Civil Veterinary Dept. Assam report 1927-50 - 1927-1950
Year: 1927
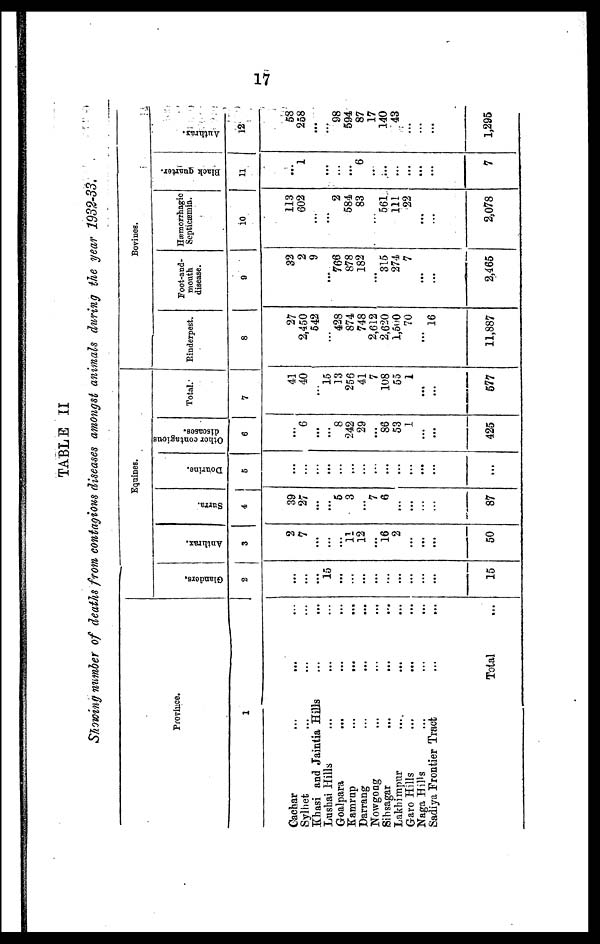
17
TABLE II
Showing number of deaths from contagious diseases amongst animals during the year 1932-33.
Province.
1
Cachar ... ... ...
Sylhet ... ... ...
Khasi and Jaintia Hills ... ...
Lushai Hills ... ... ...
Goalpara ... ... ...
Kamrup
...
...
...
Darrang ... ... ...
Nowgong ... ... ...
Sibsagar ... ... ...
Lakhimpur ... ... ...
Garo Hills ... ... ...
Naga Hills ... ... ...
Sadiya Frontier Tract ... ...
Total ...
Equines.
Glanders.
2
...
...
...
15
...
...
...
...
...
...
...
...
...
15
Anthrax.
3
2
7
...
...
...
11
12
...
16
2
...
...
50
Surra.
4
39
27
...
...
6
3
...
7
6
...
...
...
...
87
Dourine.
5
...
...
...
...
...
...
...
...
...
...
...
...
...
...
Other contagious
diseases.
6
...
6
...
...
8
242
29
...
86
53
1
...
...
425
Total.
7
41
40
...
15
13
256
41
7
108
00
1
...
...
577
Bovines.
Rinderpest.
8
27
2,450
542
...
428
874
748
2,612
2,620
1,500
70
...
16
11,887
Foot-and-
mouth
disease.
9
32
2
9
...
766
878
182
...
315
274
7
...
...
2,465
Hæmorrhagic
Septicæmia.
10
113
602
...
...
2
584
83
...
561
111
22
...
...
2,078
Black quarter.
11
...
1
...
...
...
...
6
...
...
...
...
...
...
7
Authrax.
12
58
258
...
...
98
594
87
17
140
43
...
...
...
1,295